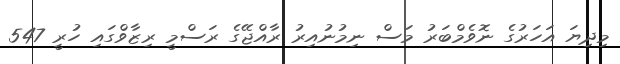
މިދިޔަ އަހަރުގެ ނޮވެމްބަރު މަސް ނިމުނުއިރު ރާއްޖޭގެ ރަސްމީ ރިޒާވްގައި ހުރީ 547